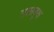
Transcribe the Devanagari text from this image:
ताम्रवृक्ष